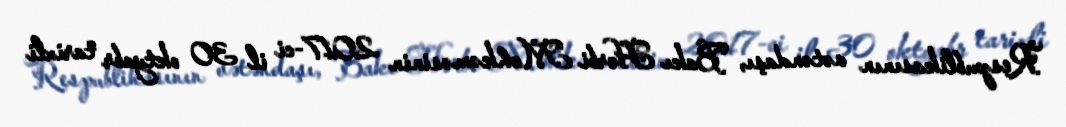
Respublikasının vətəndaşı, Bakı Hərbi Məhkəməsinin 2017-ci il 30 oktyabr tarixli